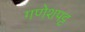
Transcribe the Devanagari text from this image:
गणेशपट्ट